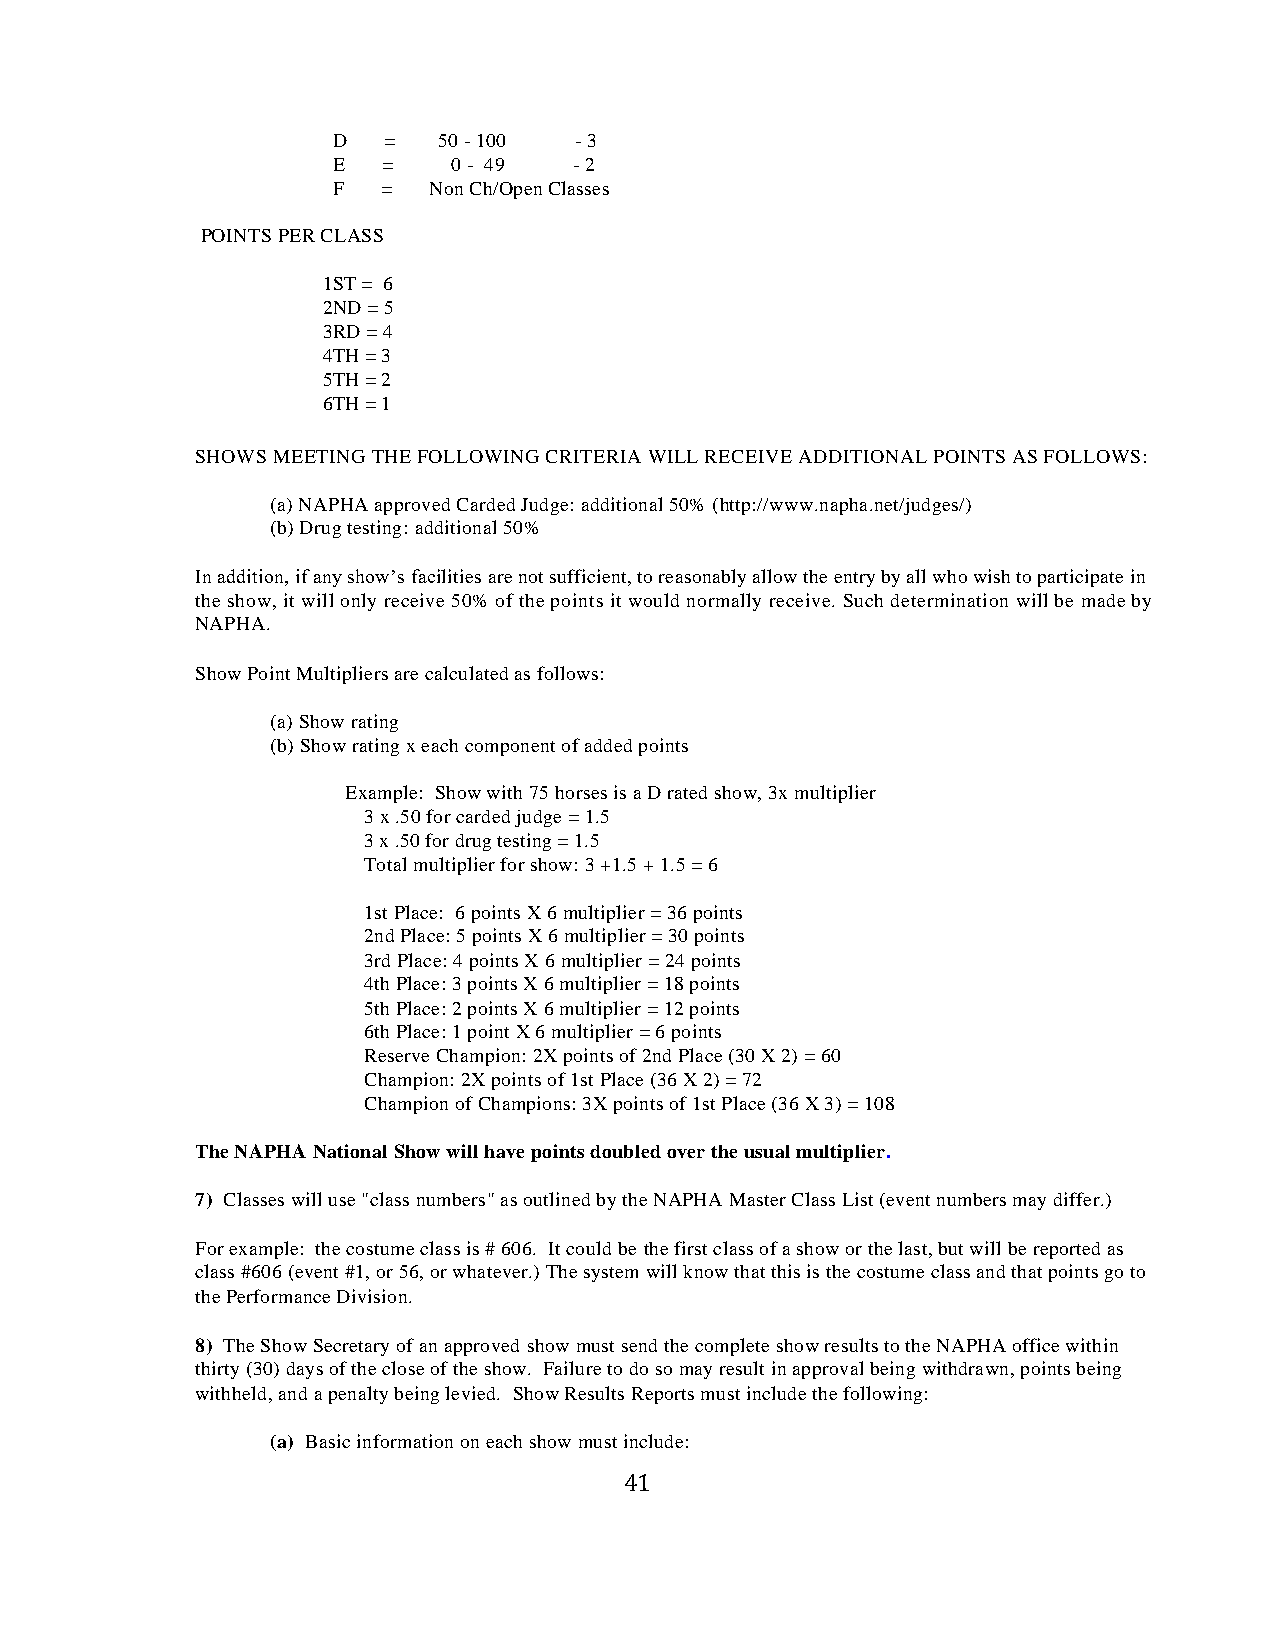
D  =   50 - 100 - 3
 E  =    0 - 49  - 2
 F  =  Non Ch/Open Classes
 POINTS PER CLASS
 1ST = 6
 2ND = 5
 3RD = 4
 4TH = 3
 5TH = 2
 6TH = 1
 SHOWS MEETING THE FOLLOWING CRITERIA WILL RECEIVE ADDITIONAL POINTS AS FOLLOWS:
 (a) NAPHA approved Carded Judge: additional 50% (http://www.napha.net/judges/)
 (b) Drug testing: additional 50%
 In addition, if any show’s facilities are not sufficient, to reasonably allow the entry by all who wish to participate in
 the show, it will only receive 50% of the points it would normally receive. Such determination will be made by
 NAPHA.
 Show Point Multipliers are calculated as follows:
 (a) Show rating
 (b) Show rating x each component of added points
 Example: Show with 75 horses is a D rated show, 3x multiplier
 3 x .50 for carded judge = 1.5
 3 x .50 for drug testing = 1.5
 Total multiplier for show: 3 +1.5 + 1.5 = 6
 1st Place: 6 points X 6 multiplier = 36 points
 2nd Place: 5 points X 6 multiplier = 30 points
 3rd Place: 4 points X 6 multiplier = 24 points
 4th Place: 3 points X 6 multiplier = 18 points
 5th Place: 2 points X 6 multiplier = 12 points
 6th Place: 1 point X 6 multiplier = 6 points
 Reserve Champion: 2X points of 2nd Place (30 X 2) = 60
 Champion: 2X points of 1st Place (36 X 2) = 72
 Champion of Champions: 3X points of 1st Place (36 X 3) = 108
 The NAPHA National Show will have points doubled over the usual multiplier.
 7) Classes will use "class numbers" as outlined by the NAPHA Master Class List (event numbers may differ.)
 For example: the costume class is # 606. It could be the first class of a show or the last, but will be reported as
 class #606 (event #1, or 56, or whatever.) The system will know that this is the costume class and that points go to
 the Performance Division.
 8) The Show Secretary of an approved show must send the complete show results to the NAPHA office within
 thirty (30) days of the close of the show. Failure to do so may result in approval being withdrawn, points being
 withheld, and a penalty being levied. Show Results Reports must include the following:
 (a) Basic information on each show must include:
 41